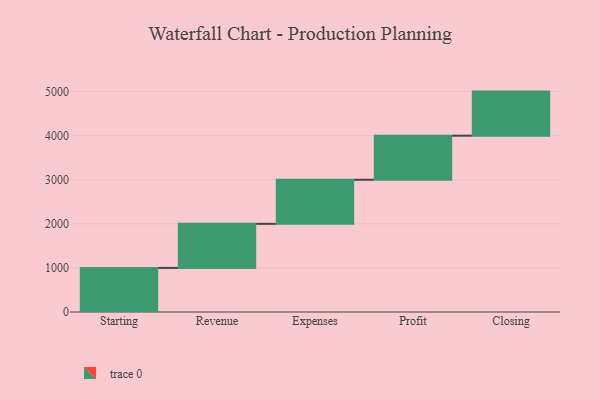
{"axis": {"x": "Step", "y": "Value"}, "legend": [""], "data": [{"x": "Starting", "y": 1000, "type": ""}, {"x": "Revenue", "y": 1000, "type": ""}, {"x": "Expenses", "y": 1000, "type": ""}, {"x": "Profit", "y": 1000, "type": ""}, {"x": "Closing", "y": 1000, "type": ""}]}